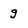
Character: g